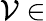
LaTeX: \mathcal{V}\in